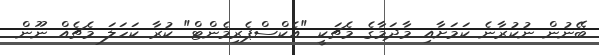
ބޭނުން ނުކުރާނެ ކަމަށާއި މާދަމާގެ މެޗަކީ "އެކްސްޕެރިމެންޓް" ކުރާ ކަހަލަ މެޗެއް ނޫން